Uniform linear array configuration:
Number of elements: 24
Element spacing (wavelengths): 0.5
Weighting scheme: blackman
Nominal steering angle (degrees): -15
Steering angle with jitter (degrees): -16.75
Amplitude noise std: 0.05
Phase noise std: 0.05

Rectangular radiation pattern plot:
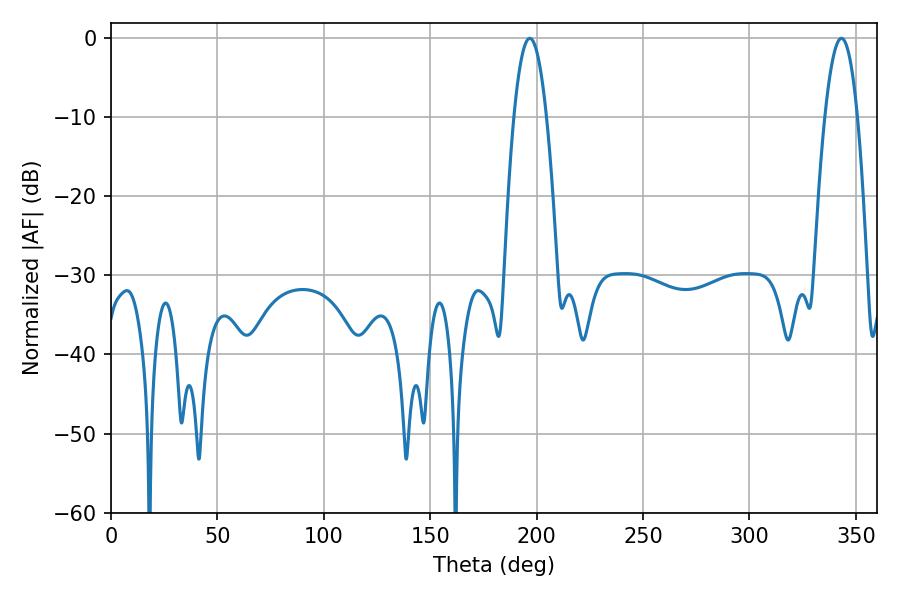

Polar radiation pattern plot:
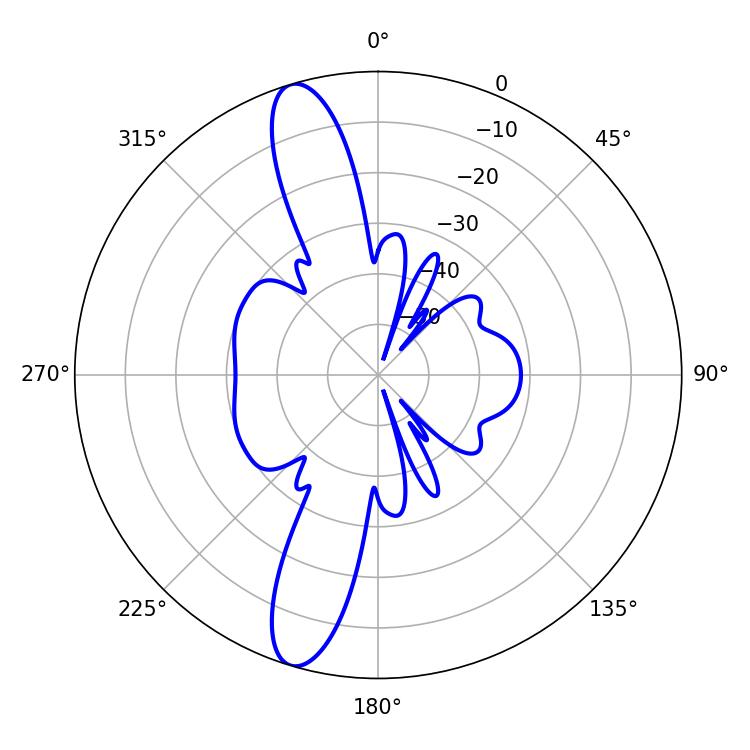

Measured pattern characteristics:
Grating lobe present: FALSE
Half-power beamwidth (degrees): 8.46
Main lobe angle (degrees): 196.74